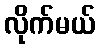
လိုက်မယ်